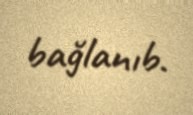
bağlanıb.